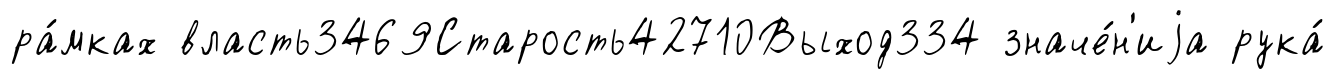
ра́мках власть3469Старость42710Выход334 значе́н'иjа рука́